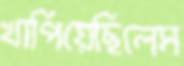
খাপিয়েছিলেম